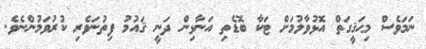
ނަމަވެސް މިޙަޤީގަތް އޮޅުވާލުމަށް ޓަކާ ބޮޑެތި އަނާޅިން ދަނީ ޤައުމު ފިތުނަވެރި ކުރުވަމުންނެވެ.